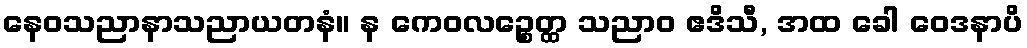
နေဝသညာနာသညာယတနံ။ န ကေဝလဉ္စေတ္ထ သညာဝ ဧဒိသီ, အထ ခေါ ဝေဒနာပိ